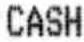
CASH